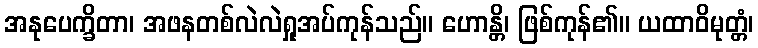
အနုပေက္ခိတာ၊ အဖနတစ်လဲလဲရှုအပ်ကုန်သည်။ ဟောန္တိ၊ ဖြစ်ကုန်၏။ ယထာဝိမုတ္တံ၊